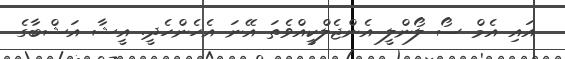
އައި އެމް ސޯ ލޯންލީ އެންޖެލްކީއްވެތަ އޭނަ އެހެންހެދީ. އީޝާ އަޝްބާގެ